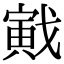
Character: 戭